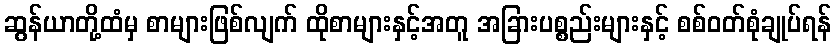
ဆွန်ယာတို့ထံမှ စာများဖြစ်လျက် ထိုစာများနှင့်အတူ အခြားပစ္စည်းများနှင့် စစ်ဝတ်စုံချုပ်ရန်